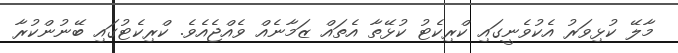
މާލޭ ކުޅިވަރު އެކުވެނީގައި ކްރިކެޓު ކުޅޭތާ އެތައް ޒަމާނެއް ވެއްޖެއެވެ. ކްރިކެޓުގައި ބޭނުންކުރާ